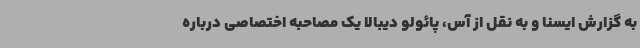
به گزارش ایسنا و به نقل از آس، پائولو دیبالا یک مصاحبه اختصاصی درباره